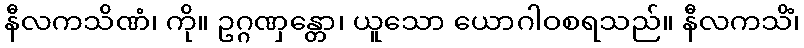
နီလကသိဏံ၊ ကို။ ဥဂ္ဂဏှန္တော၊ ယူသော ယောဂါဝစရသည်။ နီလကသိံ၊